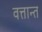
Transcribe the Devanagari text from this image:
वत्तान्त